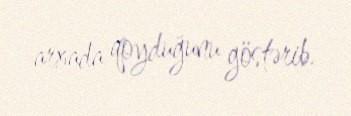
arxada qoyduğunu göstərib.